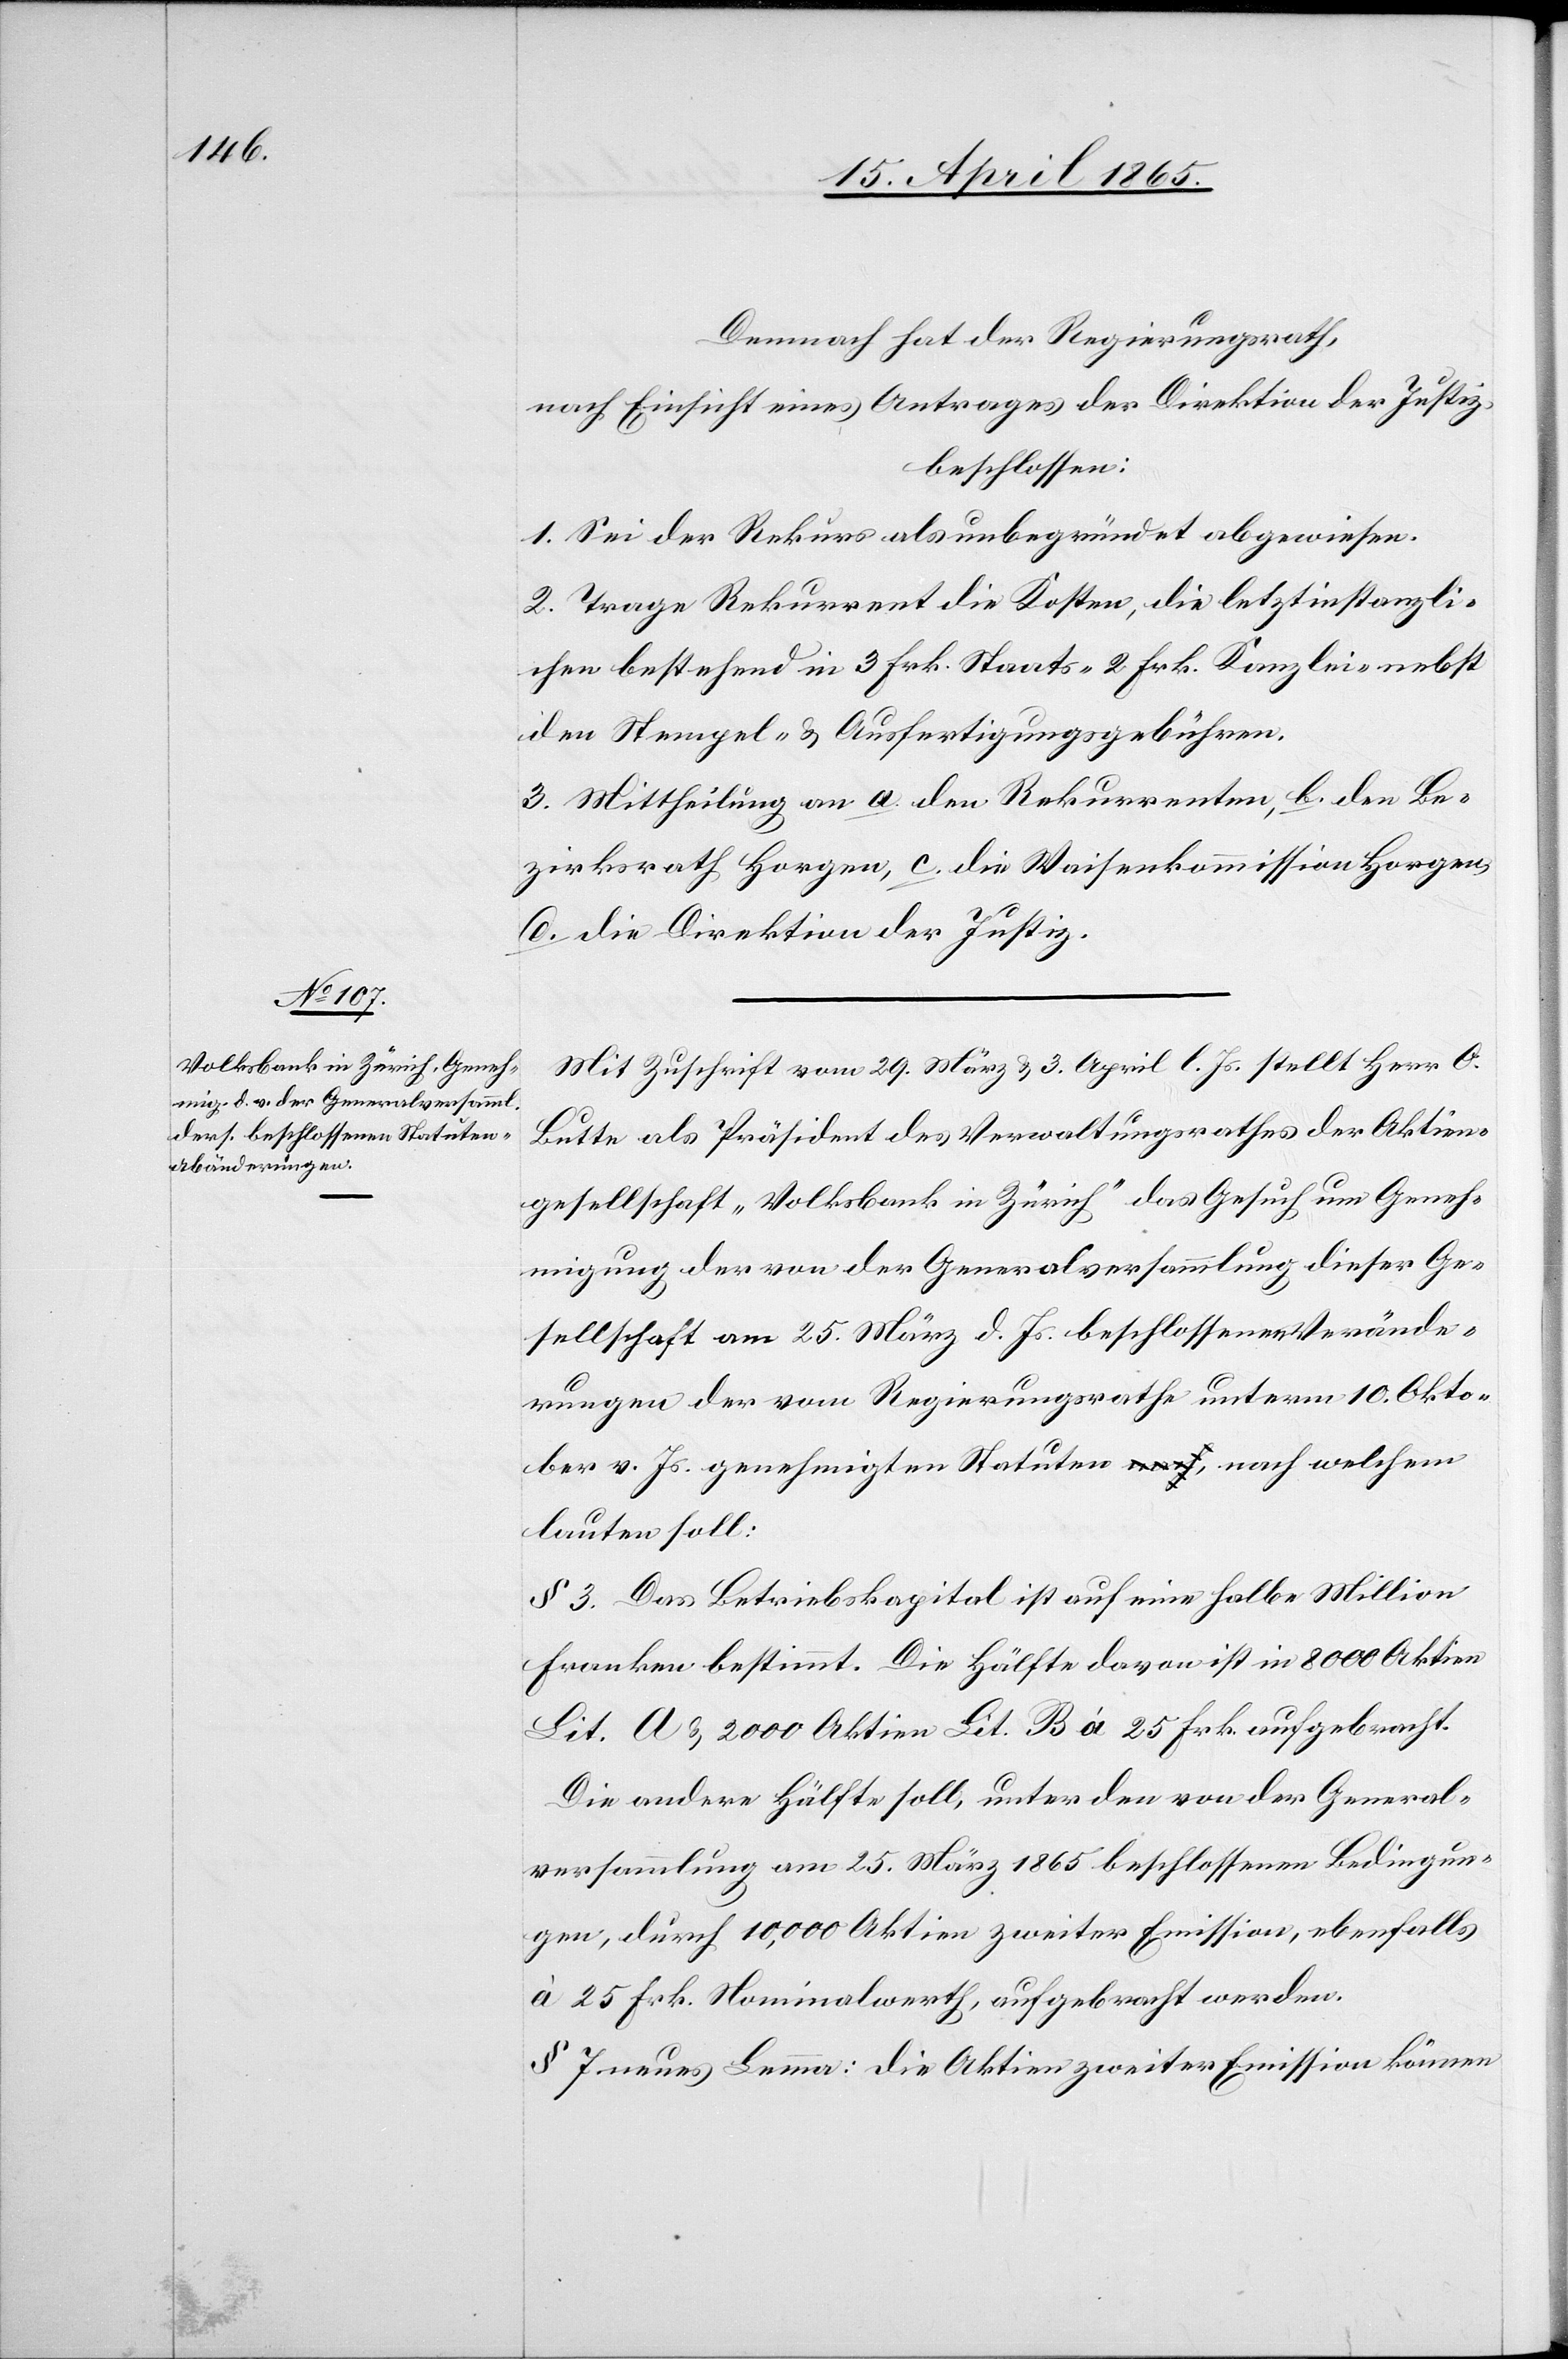
Demnach hat der Regierungsrath,
nach Einsicht eines Antrages der Direktion der Justiz,
beschlossen:
1. Sei der Rekurs als unbegründet abgewiesen.
2. Trage Rekurrent die Kosten, die letztinstanzli¬
chen bestehend in 3 Frk. Staats-[,] 2 Frk. Kanzlei- nebst
den Stempel- & Ausfertigungsgebühren.
3. Mittheilung an a. den Rekurrenten, b. den Be¬
zirksrath Horgen, c. die Waisenkommission Horgen,
d. die Direktion der Justiz.
Mit Zuschrift vom 29. März & 3. April l. Js. stellt Herr O.
Butte als Präsident des Verwaltungsrathes der Aktien¬
gesellschaft „Volksbank in Zürich“ das Gesuch um Geneh¬
migung der von der Generalversammlung dieser Ge¬
sellschaft am 25. März d. Js. beschlossenen Verände¬
rungen der vom Regierungsrathe unterm 10. Okto¬
ber v. Js. genehmigten Statuten, nach welchem
lauten soll:
§ 3. Das Betriebskapital ist auf eine halbe Million
Franken bestimmt. Die Hälfte davon ist in 8000 Aktien
Lit. A & 2000 Aktien Lit. B à 25 Frk. aufgebracht.
Die andere Hälfte soll, unter den von der General¬
versammlung am 25. März 1865 beschlossenen Bedingun¬
gen, durch 10,000 Aktien zweiter Emission, ebenfalls
à 25 Frk. Nominalwerth, aufgebracht werden.
§ 7 neues Lemma: Die Aktien zweiter Emission können